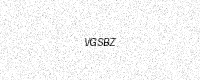
Text: VGSBZ